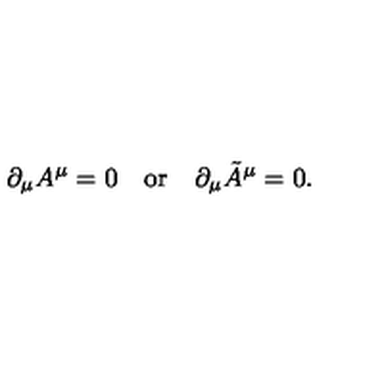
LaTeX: \partial _ { \mu } A ^ { \mu } = 0 \quad \mathrm { o r } \quad \partial _ { \mu } \tilde { A } ^ { \mu } = 0 .